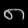
Digit: ၈